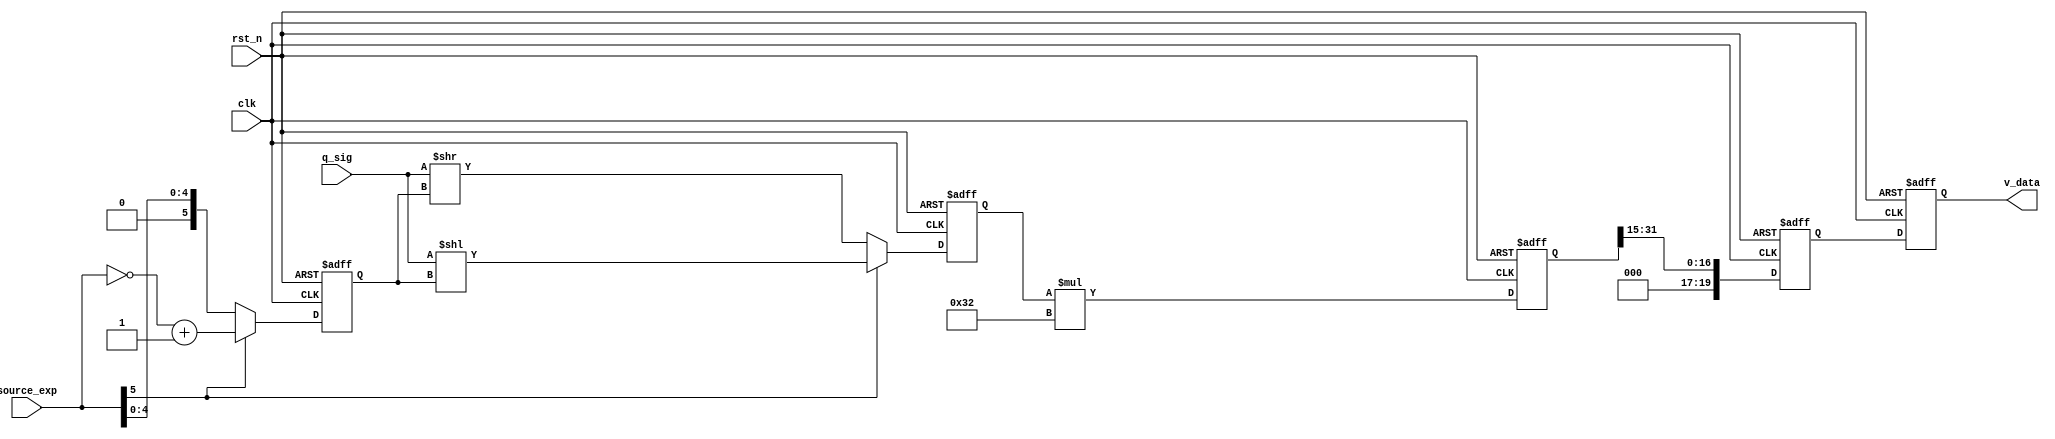
/*-----------------------------------------------------------------------
* Version       :       1.0
* Description   :       Design for.
* --------------------------------------------------------------------*/

module  cefu
(
    //clk   interface
        input                   clk                     ,      
        input                   rst_n                   ,      
    //cefu  interface
        output reg     [19:0]   v_data                  ,
        input          [17:0]   q_sig                   ,
        input          [ 5:0]   source_exp  
);  


//--------------------------------
////Funtion : 
reg           [31:0]            x                   ;       
reg           [31:0]            x1                  ;
reg			  [31:0]			x2					;

reg           [ 5:0]            move_number         ;

always @(posedge clk or negedge rst_n)
begin
    if(!rst_n)
        move_number <= 6'd0;
    else if(source_exp[5] == 1'b1)
        move_number <= ~source_exp + 1'b1;
    else
        move_number <= source_exp;
end




always @(posedge clk or negedge rst_n)
begin
    if(!rst_n)
        x <= 32'd0;
    else if(source_exp[5] == 1'b1)
        x <= (q_sig << move_number);
    else
        x <= (q_sig >> move_number);
end

always @(posedge clk or negedge rst_n)
begin
	if(!rst_n)
		x1 <= 32'd0;
	else	
		x1 <= x*6'd50;
		//x1 <= (x >> 4'd15);
end

always @(posedge clk or negedge rst_n)
begin
	if(!rst_n)
		x2 <= 32'd0;
	else	
		x2 <= (x1 >> 4'd15);
end



//2N
always @(posedge clk or negedge rst_n)
begin
	if(!rst_n)
		v_data <= 32'd0;
	else
		v_data <= x2;
end

/*
always @(posedge clk or negedge rst_n)
begin
    if(!rst_n)
        x1 <= 32'd0;
    else
        x1 <= x;//{x - 10'd512};	
end


//10

reg		[35:0]		x2_temp;

reg		[31:0]		x2;

always @(posedge clk or negedge rst_n)
begin
	if(!rst_n)
		x2_temp <= 35'd0;
	else
		x2_temp <= (x1 << 3'd3) + (x1 << 3'd1);
end

always @(posedge clk or negedge rst_n)
begin
	if(!rst_n)
		x2 <= 'd0;
	else
		x2 <= x2_temp[31:0];
end

//512

always @(posedge clk or negedge rst_n)
begin
    if(!rst_n)
        v_data <= 'd0;
    else 
        v_data <= (x2 >> 4'd9);
end



*/



endmodule